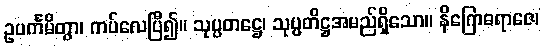
ဥပင်္ကမိတွာ၊ ကပ်လေပြီ၍။ သုပ္ပတဋ္ဌေ၊ သုပ္ပတိဋ္ဌအမည်ရှိသော။ နိဂြောဓရာဇေ၊